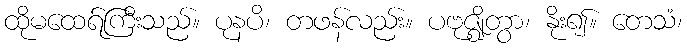
ထိုမထေရ်ကြီးသည်။ ပုနပိ၊ တဖန်လည်း။ ပဗုဇ္ဈိတွာ၊ နိုး၍။ တေသံ၊